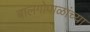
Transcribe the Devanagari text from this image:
बालगोपाळांच्या